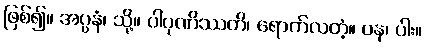
ဖြစ်၍။ အပ္ပနံ၊ သို့။ ပါပုဏိဿတိ၊ ရောက်လတံ့။ ပန၊ ပါး။